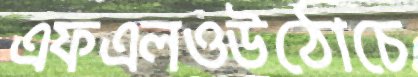
এফএলওউঠোচে